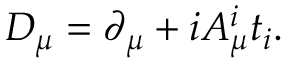
D _ { \mu } = \partial _ { \mu } + i A _ { \mu } ^ { i } t _ { i } .